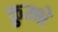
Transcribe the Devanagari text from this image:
कुम्भे